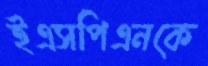
ইএসপিএনকে